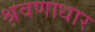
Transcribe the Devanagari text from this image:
श्रवणाधार